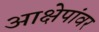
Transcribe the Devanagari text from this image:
आक्षेपांवर